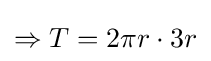
\Rightarrow T=2\pi r\cdot 3r